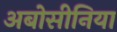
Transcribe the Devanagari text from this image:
अबोसीनिया